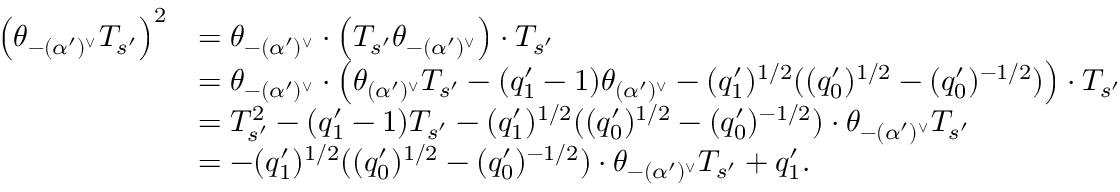
\begin{array} { r l } { \left( \theta _ { - ( \alpha ^ { \prime } ) ^ { \vee } } T _ { s ^ { \prime } } \right) ^ { 2 } } & { = \theta _ { - ( \alpha ^ { \prime } ) ^ { \vee } } \cdot \left( T _ { s ^ { \prime } } \theta _ { - ( \alpha ^ { \prime } ) ^ { \vee } } \right) \cdot T _ { s ^ { \prime } } } \\ & { = \theta _ { - ( \alpha ^ { \prime } ) ^ { \vee } } \cdot \left( \theta _ { ( \alpha ^ { \prime } ) ^ { \vee } } T _ { s ^ { \prime } } - ( q _ { 1 } ^ { \prime } - 1 ) \theta _ { ( \alpha ^ { \prime } ) ^ { \vee } } - ( q _ { 1 } ^ { \prime } ) ^ { 1 / 2 } ( ( q _ { 0 } ^ { \prime } ) ^ { 1 / 2 } - ( q _ { 0 } ^ { \prime } ) ^ { - 1 / 2 } ) \right) \cdot T _ { s ^ { \prime } } } \\ & { = T _ { s ^ { \prime } } ^ { 2 } - ( q _ { 1 } ^ { \prime } - 1 ) T _ { s ^ { \prime } } - ( q _ { 1 } ^ { \prime } ) ^ { 1 / 2 } ( ( q _ { 0 } ^ { \prime } ) ^ { 1 / 2 } - ( q _ { 0 } ^ { \prime } ) ^ { - 1 / 2 } ) \cdot \theta _ { - ( \alpha ^ { \prime } ) ^ { \vee } } T _ { s ^ { \prime } } } \\ & { = - ( q _ { 1 } ^ { \prime } ) ^ { 1 / 2 } ( ( q _ { 0 } ^ { \prime } ) ^ { 1 / 2 } - ( q _ { 0 } ^ { \prime } ) ^ { - 1 / 2 } ) \cdot \theta _ { - ( \alpha ^ { \prime } ) ^ { \vee } } T _ { s ^ { \prime } } + q _ { 1 } ^ { \prime } . } \end{array}